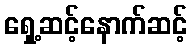
ရှေ့ဆင့်နောက်ဆင့်